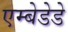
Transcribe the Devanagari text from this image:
एम्बेडेडे